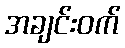
အချင်းဝက်